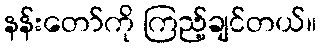
နန်းတော်ကို ကြည့်ချင်တယ်။